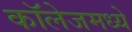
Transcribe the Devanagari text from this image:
कॉलेजमध्‍ये